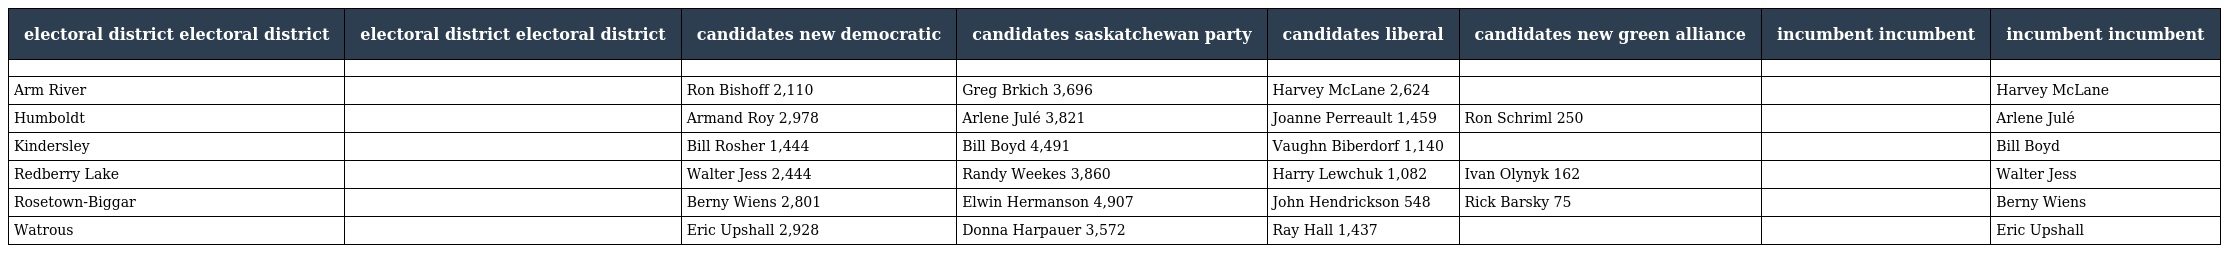
| electoral district electoral district | electoral district electoral district | candidates new democratic | candidates saskatchewan party | candidates liberal | candidates new green alliance | incumbent incumbent | incumbent incumbent |
 | --- | --- | --- | --- | --- | --- | --- | --- |
 |  |  |  |  |  |  |  |  |
 | Arm River |  | Ron Bishoff 2,110 | Greg Brkich 3,696 | Harvey McLane 2,624 |  |  | Harvey McLane |
 | Humboldt |  | Armand Roy 2,978 | Arlene Julé 3,821 | Joanne Perreault 1,459 | Ron Schriml 250 |  | Arlene Julé |
 | Kindersley |  | Bill Rosher 1,444 | Bill Boyd 4,491 | Vaughn Biberdorf 1,140 |  |  | Bill Boyd |
 | Redberry Lake |  | Walter Jess 2,444 | Randy Weekes 3,860 | Harry Lewchuk 1,082 | Ivan Olynyk 162 |  | Walter Jess |
 | Rosetown-Biggar |  | Berny Wiens 2,801 | Elwin Hermanson 4,907 | John Hendrickson 548 | Rick Barsky 75 |  | Berny Wiens |
 | Watrous |  | Eric Upshall 2,928 | Donna Harpauer 3,572 | Ray Hall 1,437 |  |  | Eric Upshall |